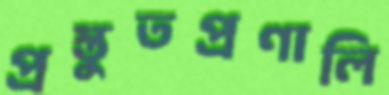
প্রস্তুতপ্রণালি